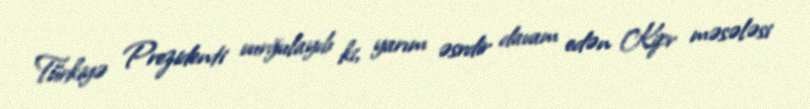
Türkiyə Prezidenti vurğulayıb ki, yarım əsrdir davam edən Kipr məsələsi